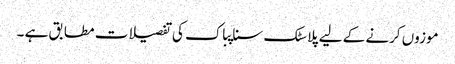
موزوں کرنے کے لیے پلاسٹک سناپباک کی تفصیلات مطابق ہے ۔